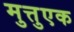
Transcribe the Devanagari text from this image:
मुत्तुएक